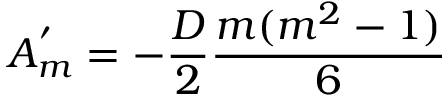
A _ { m } ^ { ' } = - \frac { D } { 2 } \frac { m ( m ^ { 2 } - 1 ) } { 6 }